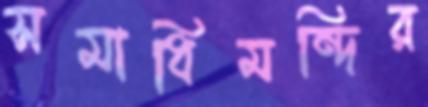
সমাধিমন্দির